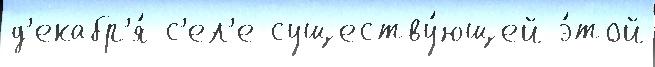
д'екабр'я́ с'ел'е существу́ющей э́той